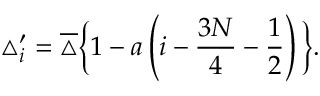
\triangle _ { i } ^ { \prime } = \overline { { \triangle } } \bigg \{ 1 - a \left( i - \frac { 3 N } { 4 } - \frac { 1 } { 2 } \right) \bigg \} .